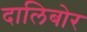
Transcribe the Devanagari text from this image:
दालिबोर